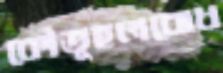
কৌতূহলবোধ